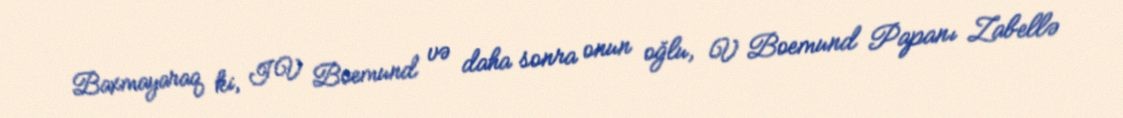
Baxmayaraq ki, IV Boemund və daha sonra onun oğlu, V Boemund Papanı Zabellə